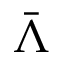
\bar { \Lambda }